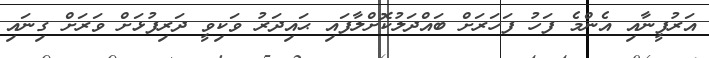
އަރުފީނާއި އެންމެ ފަހު ފަހަރަށް ބައްދަލުކޮށްލާފައި ޙައިދަރު ވަކިވީ ދަރިފުޅަށް ވަރަށް ގިނައި